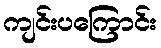
ကျင်းပကြောင်း